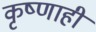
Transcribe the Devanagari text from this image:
कृष्णाही